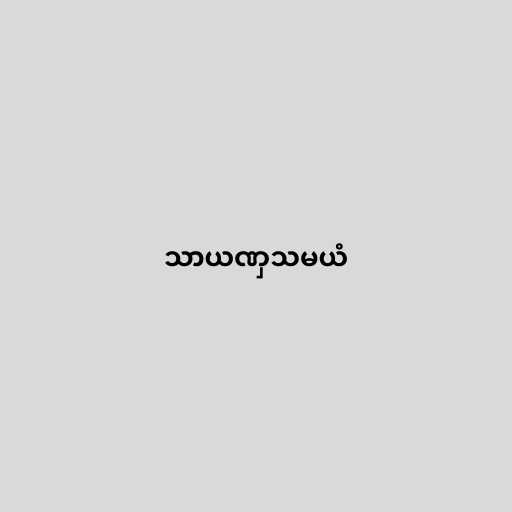
သာယဏှသမယံ